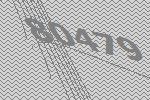
80479